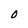
Character: 0